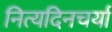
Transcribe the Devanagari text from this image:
नित्यदिनचर्या